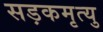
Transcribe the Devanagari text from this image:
सड़कमृत्यु